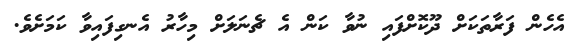
އެހެން ފަރާތަކަށް ދޫކޮށްފައި ނުވާ ކަން އެ ޗެނަލަށް މިހާރު އެނގިފައިވާ ކަމަށެވެ.